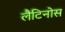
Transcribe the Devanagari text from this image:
लैटिनोस